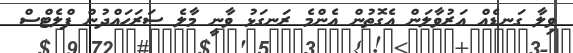
ވިލާ ގަނޑެއް އަރުވާލަން އެގޮތުން އެންމެ ރަނގަޅު ވާނީ މާލެ ސަރަހައްދުން ފްލެޓްސް